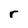
Character: r